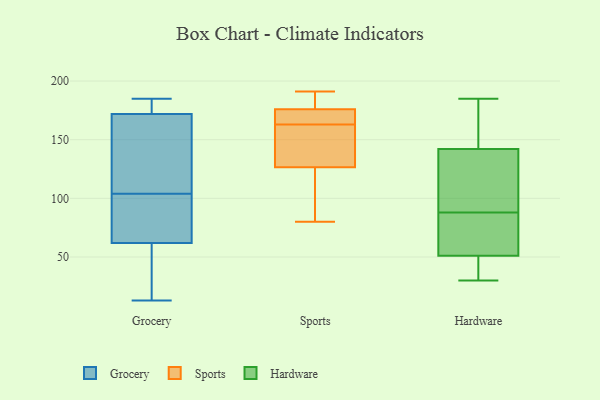
{"axis": {"x": "Tickets Resolved", "y": "Value"}, "legend": ["Grocery", "Hardware", "Sports"], "data": [{"x": "", "y": 172, "type": "Grocery"}, {"x": "", "y": 176, "type": "Grocery"}, {"x": "", "y": 16, "type": "Grocery"}, {"x": "", "y": 34, "type": "Grocery"}, {"x": "", "y": 67, "type": "Grocery"}, {"x": "", "y": 62, "type": "Grocery"}, {"x": "", "y": 57, "type": "Grocery"}, {"x": "", "y": 13, "type": "Grocery"}, {"x": "", "y": 181, "type": "Grocery"}, {"x": "", "y": 73, "type": "Grocery"}, {"x": "", "y": 124, "type": "Grocery"}, {"x": "", "y": 185, "type": "Grocery"}, {"x": "", "y": 84, "type": "Grocery"}, {"x": "", "y": 62, "type": "Grocery"}, {"x": "", "y": 129, "type": "Grocery"}, {"x": "", "y": 144, "type": "Grocery"}, {"x": "", "y": 172, "type": "Grocery"}, {"x": "", "y": 129, "type": "Grocery"}, {"x": "", "y": 185, "type": "Sports"}, {"x": "", "y": 157, "type": "Sports"}, {"x": "", "y": 179, "type": "Sports"}, {"x": "", "y": 173, "type": "Sports"}, {"x": "", "y": 114, "type": "Sports"}, {"x": "", "y": 161, "type": "Sports"}, {"x": "", "y": 134, "type": "Sports"}, {"x": "", "y": 191, "type": "Sports"}, {"x": "", "y": 165, "type": "Sports"}, {"x": "", "y": 169, "type": "Sports"}, {"x": "", "y": 80, "type": "Sports"}, {"x": "", "y": 119, "type": "Sports"}, {"x": "", "y": 141, "type": "Hardware"}, {"x": "", "y": 74, "type": "Hardware"}, {"x": "", "y": 51, "type": "Hardware"}, {"x": "", "y": 142, "type": "Hardware"}, {"x": "", "y": 185, "type": "Hardware"}, {"x": "", "y": 41, "type": "Hardware"}, {"x": "", "y": 30, "type": "Hardware"}, {"x": "", "y": 56, "type": "Hardware"}, {"x": "", "y": 102, "type": "Hardware"}, {"x": "", "y": 161, "type": "Hardware"}]}